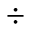
\div